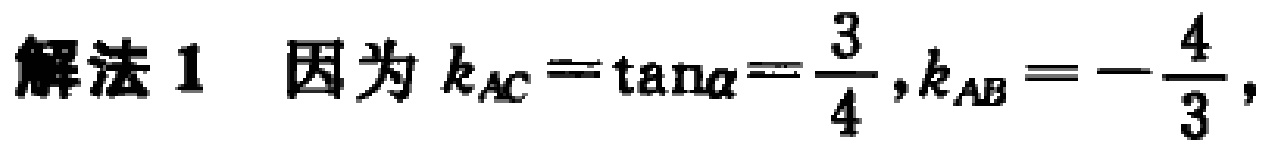
解法 1 因为 \(k_{AC}=\tan\alpha=\frac{3}{4},k_{AB}=-\frac{4}{3},\)